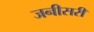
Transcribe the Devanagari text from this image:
जनीसरी